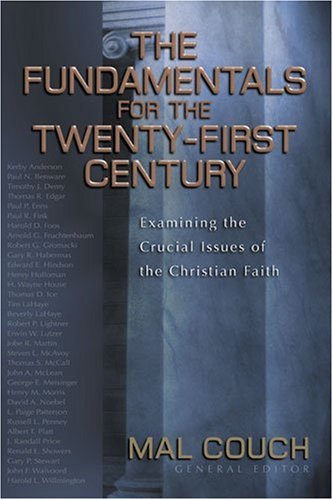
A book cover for The Fundamentals for the Twenty-First Century: Examining the Crucial Issues of the Christian Faith; Christian Books & Bibles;